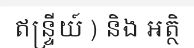
ឥន្ទ្រីយ៍ ) និង អត្ថិ